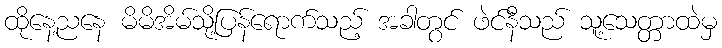
ထိုနေ့ညနေ မိမိအိမ်သို့ပြန်ရောက်သည့် အခါတွင် ဖဲင်နီသည် သူ့သေတ္တာထဲမှ